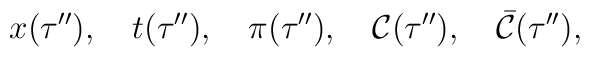
x(\tau''),\quad t(\tau''),\quad\pi(\tau''),\quad{\cal C}(\tau''),\quad{\bar {\cal C}}(\tau''),